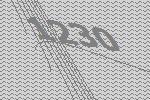
1230